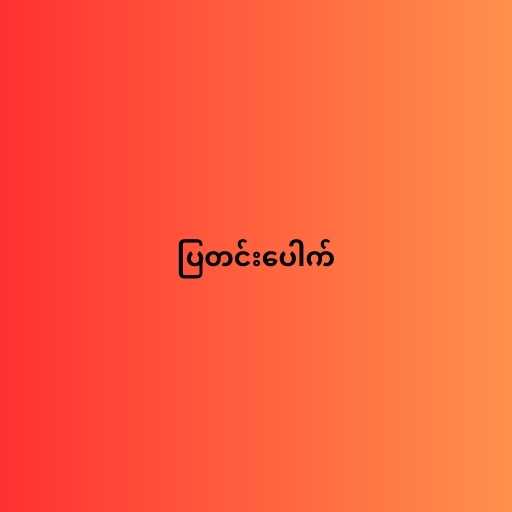
ပြတင်းပေါက်